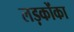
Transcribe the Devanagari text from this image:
लड़कोंका